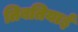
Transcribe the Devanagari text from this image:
तिबतियाई